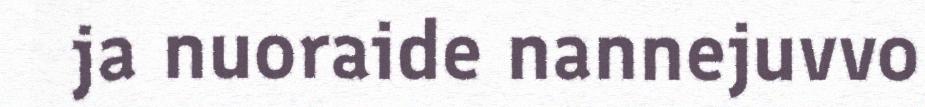
ja nuoraide nannejuvvo